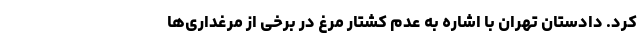
کرد. دادستان تهران با اشاره به عدم کشتار مرغ در برخی از مرغداری‌ها